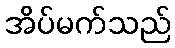
အိပ်မက်သည်